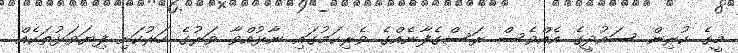
މީގެ ކުރިން ސައުދީގެ އެއްވެސް ރަސްގެފާނެއްގެ ވެރިކަމުގައި ނާޅުއްވާ ވަރުގެ ހަރުކަށި ފިޔަވަޅުތަކެއް